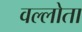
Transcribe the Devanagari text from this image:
वल्लोता